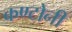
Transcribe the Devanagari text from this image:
कण्टोनी